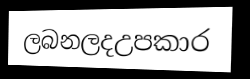
ලබනලදඋපකාර